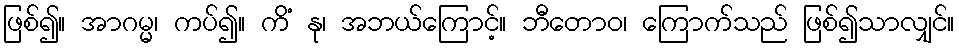
ဖြစ်၍။ အာဂမ္မ၊ ကပ်၍။ ကိံ နု၊ အဘယ်ကြောင့်။ ဘီတောဝ၊ ကြောက်သည် ဖြစ်၍သာလျှင်။